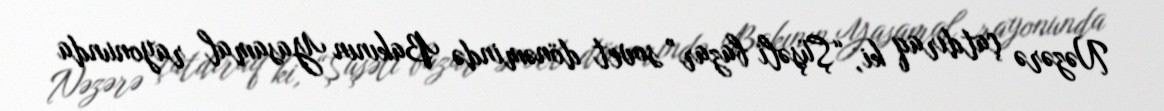
Nəzərə çatdıraq ki, “Şüşəli bazar” sovet dönəmində Bakının Yasamal rayonunda